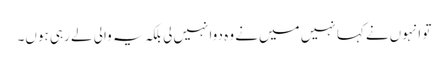
تو انہوں‌نے کہا نہیں میں‌نے وہ دوا نہیں‌لی بلکہ یہ والی لے رہی ہوں۔